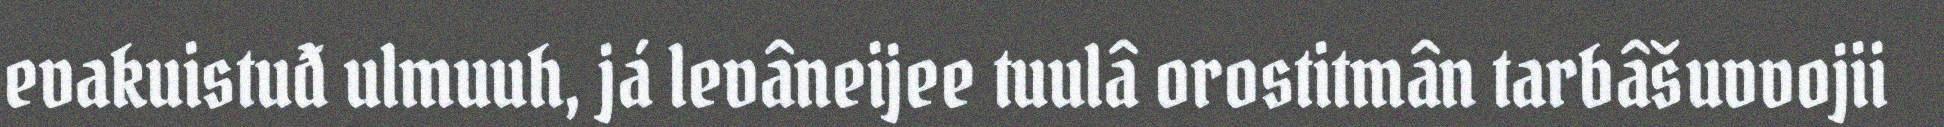
evakuistuđ ulmuuh, já levâneijee tuulâ orostitmân tarbâšuvvojii